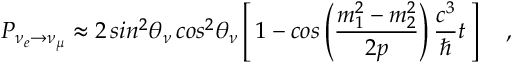
P _ { \nu _ { e } \rightarrow \nu _ { \mu } } \approx 2 \, s i n ^ { 2 } \theta _ { \nu } \, c o s ^ { 2 } \theta _ { \nu } \left[ \, 1 - c o s \left( \frac { m _ { 1 } ^ { 2 } - m _ { 2 } ^ { 2 } } { 2 p } \right) \frac { c ^ { 3 } } { \hbar } t \, \right] \quad ,